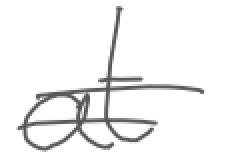
Text: at
Cross-out: double-line
Writing tool: digital_gray